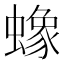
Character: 蟓